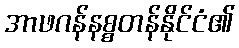
အာဖဂန်နစ္စတန်နိုင်ငံ၏